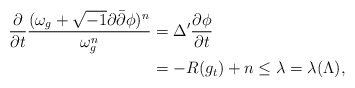
\begin{align*}\frac{\partial}{\partial t} \frac{(\omega_g+\sqrt{-1}\partial\bar{\partial}\phi)^n}{\omega_g^n}&=\Delta'\frac{\partial \phi}{\partial t}\\&=-R(g_t)+n\le \lambda=\lambda(\Lambda),\end{align*}